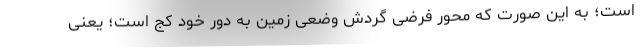
است؛ به این صورت که محور فرضی گردش وضعی زمین به دور خود کج است؛ یعنی